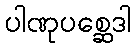
ပါဏုပစ္ဆေဒါ